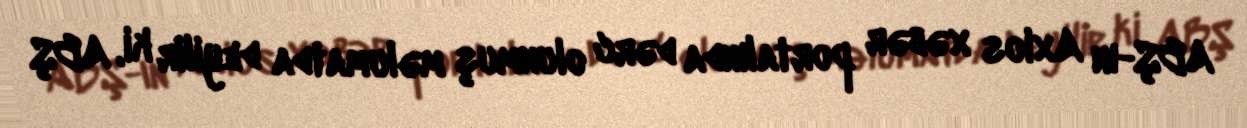
ABŞ-ın Axios xəbər portalında dərc olunmuş məlumatda deyilir ki, ABŞ